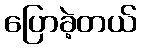
ပြောခဲ့တယ်